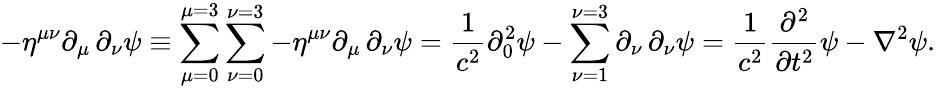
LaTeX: -\eta^{\mu\nu}\partial_{\mu}\, \partial_{\nu}\psi\equiv\sum_{\mu=0}^{\mu=3}\sum_{\nu=0}^{\nu=3}-\eta^{\mu\nu}\partial_{\mu}\, \partial_{\nu}\psi={\frac{1}{c^{2}}}\partial_{0}^{2}\psi-\sum_{\nu=1}^{\nu=3}\partial_{\nu}\, \partial_{\nu}\psi={\frac{1}{c^{2}}}{\frac{\partial^{2}}{\partial t^{2}}}\psi-\mathbf{\nabla}^{2}\psi.